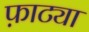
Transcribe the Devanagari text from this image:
फ़ाट्या